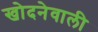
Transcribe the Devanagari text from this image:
खोदनेवाली